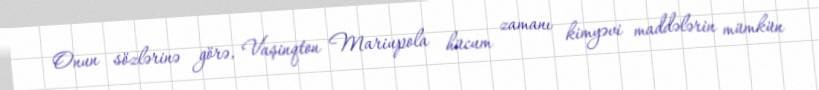
Onun sözlərinə görə, Vaşinqton Mariupola hücum zamanı kimyəvi maddələrin mümkün